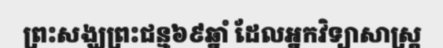
ព្រះសង្ឃព្រះជន្ម៦៩ឆ្នាំ ដែលអ្នកវិទ្យាសាស្ត្រ